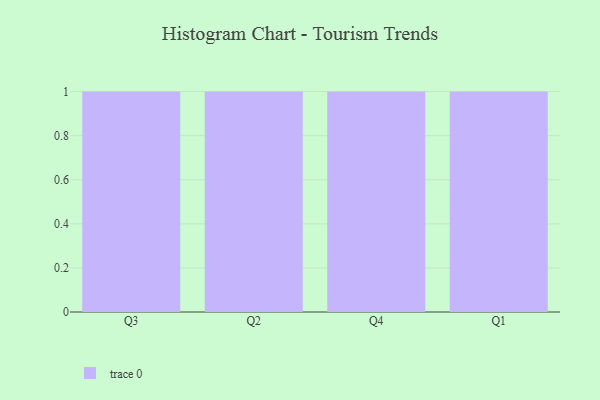
{"axis": {"x": "Quarter", "y": "Demand Index"}, "legend": [""], "data": [{"x": "Q3", "y": 20, "type": ""}, {"x": "Q2", "y": 12, "type": ""}, {"x": "Q4", "y": 21, "type": ""}, {"x": "Q1", "y": 96, "type": ""}]}